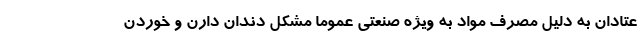
عتادان به دلیل مصرف مواد به ویژه صنعتی عموماً مشکل دندان دارن و خوردن